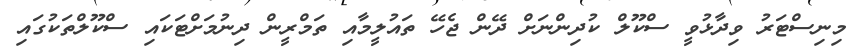
މިނިސްޓަރު ވިދާޅުވީ ސްކޫލް ކުދިންނަށް ދޭން ޖެހޭ ތައުލީމާއި ތަމްރީން ދިނުމަށްޓަކައި ސްކޫލްތަކުގައި